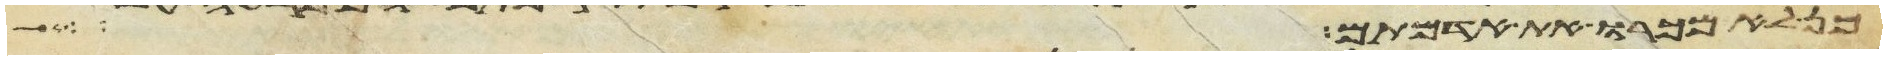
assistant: כן לא מכרו את אדמתם